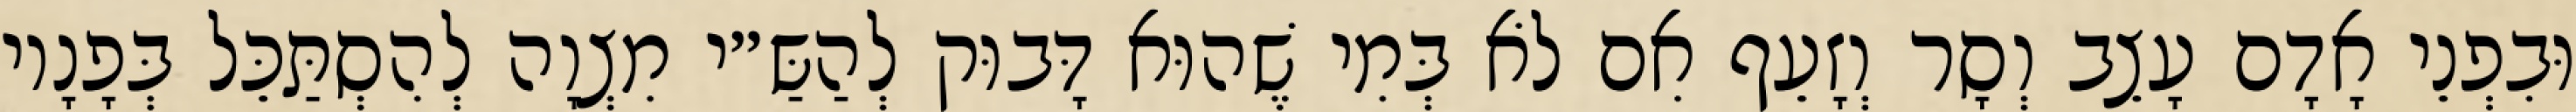
וּבִפְנֵי אָדָם עָצֵב וְסָר וְזָעֵף אִם לֹא בְּמִי שֶׁהוּא דָּבוּק לְהַשַּ״י מִצְוָה לְהִסְתַּכֵּל בְּפָנָיו